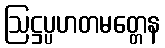
ဩဋ္ဌပ္ပဟတမတ္တေန